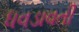
ધવડાવતી